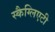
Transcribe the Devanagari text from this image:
स्कैग्लिएटी